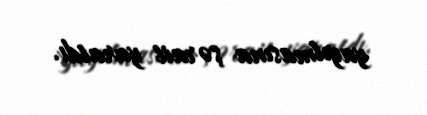
yayılmasına şərait yaratdı.